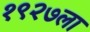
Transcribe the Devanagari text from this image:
१९२७ला